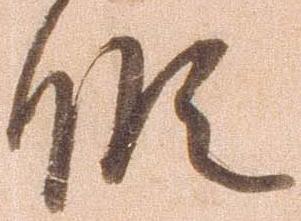
候